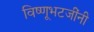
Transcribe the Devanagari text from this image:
विष्णूभटजींनी